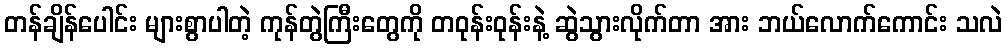
တန်ချိန်ပေါင်း များစွာပါတဲ့ ကုန်တွဲကြီးတွေကို တဝုန်းဝုန်းနဲ့ ဆွဲသွားလိုက်တာ အား ဘယ်လောက်ကောင်း သလဲ